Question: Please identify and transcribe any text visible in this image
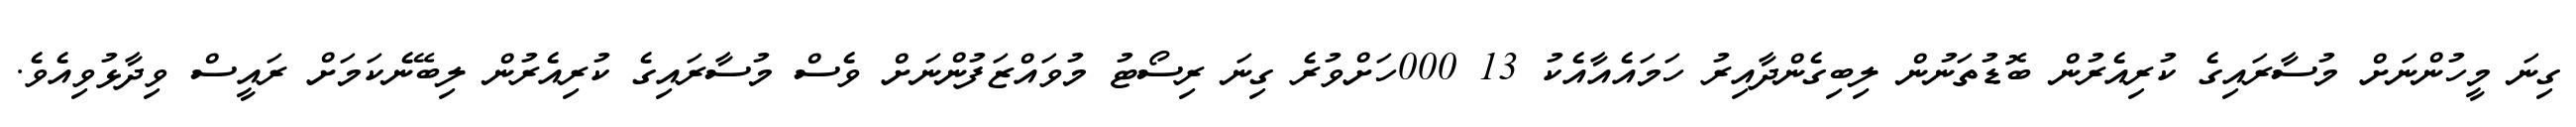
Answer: ގިނަ މީހުންނަށް މުސާރައިގެ ކުރިއެރުން ބޮޑުތަނުން ލިބިގެންދާއިރު ހަމައެއާއެކު 13 000ހަށްވުރެ ގިނަ ރިސޯޓު މުވައްޒަފުންނަށް ވެސް މުސާރައިގެ ކުރިއެރުން ލިބޭނެކަމަށް ރައީސް ވިދާޅުވިއެވެ.